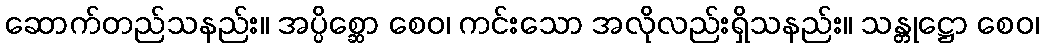
ဆောက်တည်သနည်း။ အပ္ပိစ္ဆော စေဝ၊ ကင်းသော အလိုလည်းရှိသနည်း။ သန္တုဋ္ဌော စေဝ၊